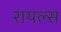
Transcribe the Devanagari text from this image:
रायल्स